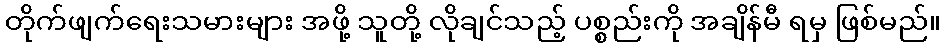
တိုက်ဖျက်ရေးသမားများ အဖို့ သူတို့ လိုချင်သည့် ပစ္စည်းကို အချိန်မီ ရမှ ဖြစ်မည်။